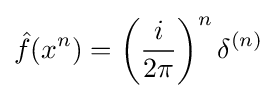
{\hat {f}}(x^{n})=\left({\frac {i}{2\pi }}\right)^{n}\delta ^{(n)}